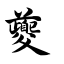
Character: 夔